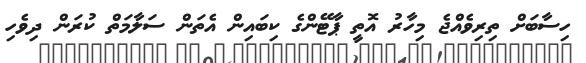
ހިސާބަށް ތިރިވެއްޖެ މިހާރު އޮތީ ޕާޓޭންގެ ކިބައިން އެތަން ސަލާމަތް ކުރަން ދިވެހި